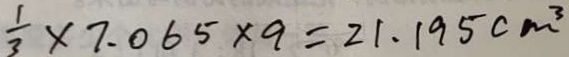
\frac { 1 } { 3 } \times 7 . 0 6 5 \times 9 = 2 1 . 1 9 5 c m ^ { 3 }